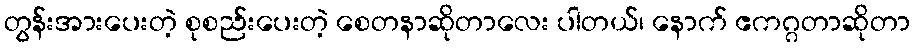
တွန်းအားပေးတဲ့ စုစည်းပေးတဲ့ စေတနာဆိုတာလေး ပါတယ်၊ နောက် ဧကဂ္ဂတာဆိုတာ